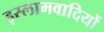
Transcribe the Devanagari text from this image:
इस्लामवादियों